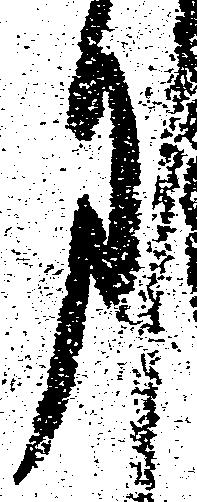
月